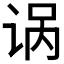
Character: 𫍩